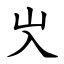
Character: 㞥